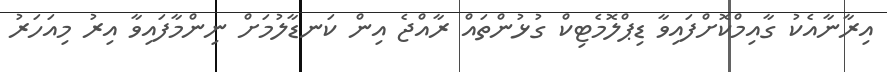
އިރާނާއެކު ގާއިމްކޮށްފައިވާ ޑިޕްލޮމެޓިކް ގުޅުންތައް ރާއްޖެ އިން ކަނޑާލުމަށް ނިންމާފައިވާ އިރު މިއަހަރު